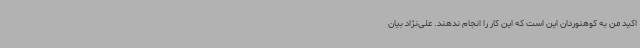
اکید من به کوهنوردان این است که این کار را انجام ندهند. علی‌نژاد بیان